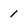
Character: 1